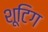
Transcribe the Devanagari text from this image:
शूटिग